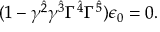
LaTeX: ( 1 - \gamma ^ { \hat { 2 } } \gamma ^ { \hat { 3 } } \Gamma ^ { \hat { 4 } } \Gamma ^ { \hat { 5 } } ) \epsilon _ { 0 } = 0 .